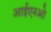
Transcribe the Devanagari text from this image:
आईएनओ